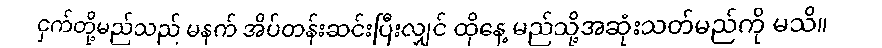
ငှက်တို့မည်သည် မနက် အိပ်တန်းဆင်းပြီးလျှင် ထိုနေ့ မည်သို့အဆုံးသတ်မည်ကို မသိ။